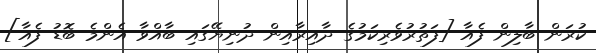
ކުރަން ބާލިން ފެއާ [ފަތުރުވެރިކަމުގެ ދާއިރާއިން ދުނިޔޭގައި ބާއްވާ އެންމެ ބޮޑު ފެއާ]